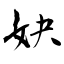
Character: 妜